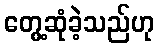
တွေ့ဆုံခဲ့သည်ဟု